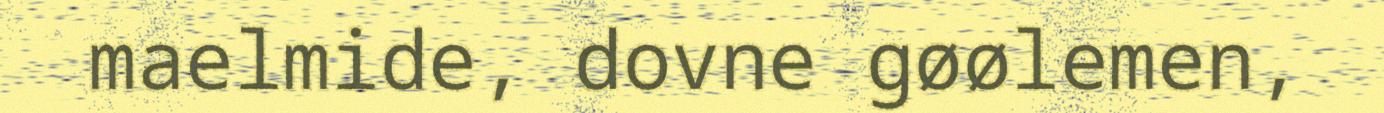
maelmide, dovne gøølemen,